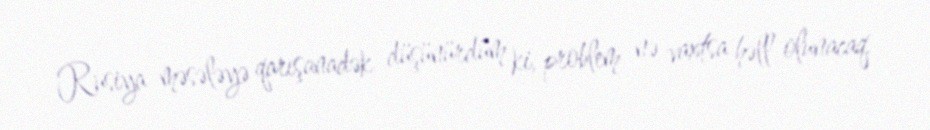
Rusiya məsələyə qarışanadək düşünürdüm ki, problem nə vaxtsa həll olunacaq.